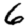
Digit: 6